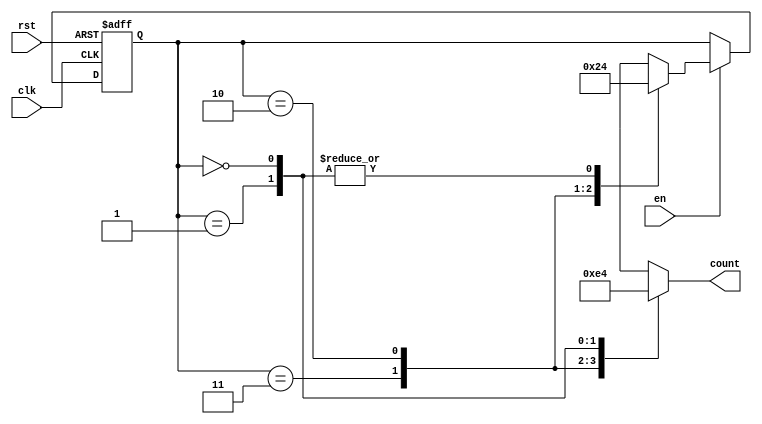
module down_counter_moore (
    input wire clk,      // Clock signal
    input wire rst,      // Asynchronous reset signal
    input wire en,       // Enable signal
    output reg [1:0] count // 2-bit output representing the current count value
);

// State encoding
localparam S3 = 2'b11; // State 3
localparam S2 = 2'b10; // State 2
localparam S1 = 2'b01; // State 1
localparam S0 = 2'b00; // State 0

// Current state register
reg [1:0] current_state;

// Sequential logic for state transitions
always @(posedge clk or posedge rst) begin
    if (rst) begin
        current_state <= S3; // Reset to maximum state
    end else if (en) begin
        case (current_state)
            S3: current_state <= S2; // Transition from S3 to S2
            S2: current_state <= S1; // Transition from S2 to S1
            S1: current_state <= S0; // Transition from S1 to S0
            S0: current_state <= S0; // Stay in S0
            default: current_state <= S3; // Default case (should not occur)
        endcase
    end
end

// Output logic based on current state
always @(*) begin
    case (current_state)
        S3: count = 2'b11; // Output for state S3
        S2: count = 2'b10; // Output for state S2
        S1: count = 2'b01; // Output for state S1
        S0: count = 2'b00; // Output for state S0
        default: count = 2'b00; // Default output (should not occur)
    endcase
end

endmodule